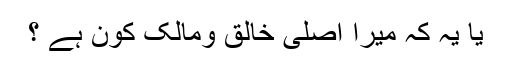
یا یہ کہ میرا اصلی خالق ومالک کون ہے ؟